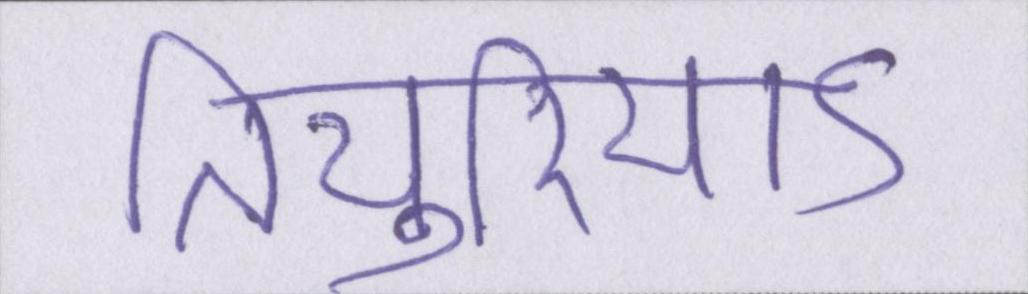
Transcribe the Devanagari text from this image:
तियुरियाऽ